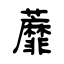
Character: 蘼